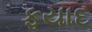
ફયાદ